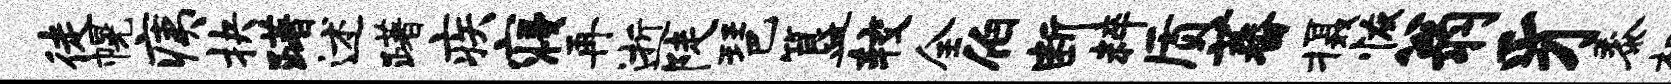
徒幌痍抉躇述躇疾寝再逝陡琶簋较全伯断粹质蕃摄恢翁豸黍棚